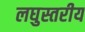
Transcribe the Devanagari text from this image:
लघुस्तरीय